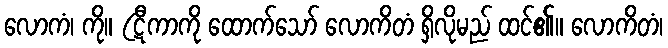
လောကံ၊ ကို။ (ဋီကာကို ထောက်သော် လောကိတံ ရှိလိုမည် ထင်၏။ လောကိတံ၊